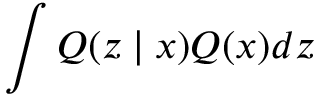
\int Q ( \boldsymbol { z } \mid \boldsymbol { x } ) Q ( \boldsymbol { x } ) d \boldsymbol { z }